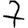
Digit: 7